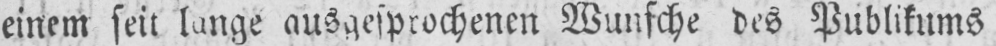
einem seit lange ausgesprochenen Wunsche des Publikums